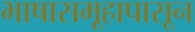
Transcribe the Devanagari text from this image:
भाषासमूहापासून